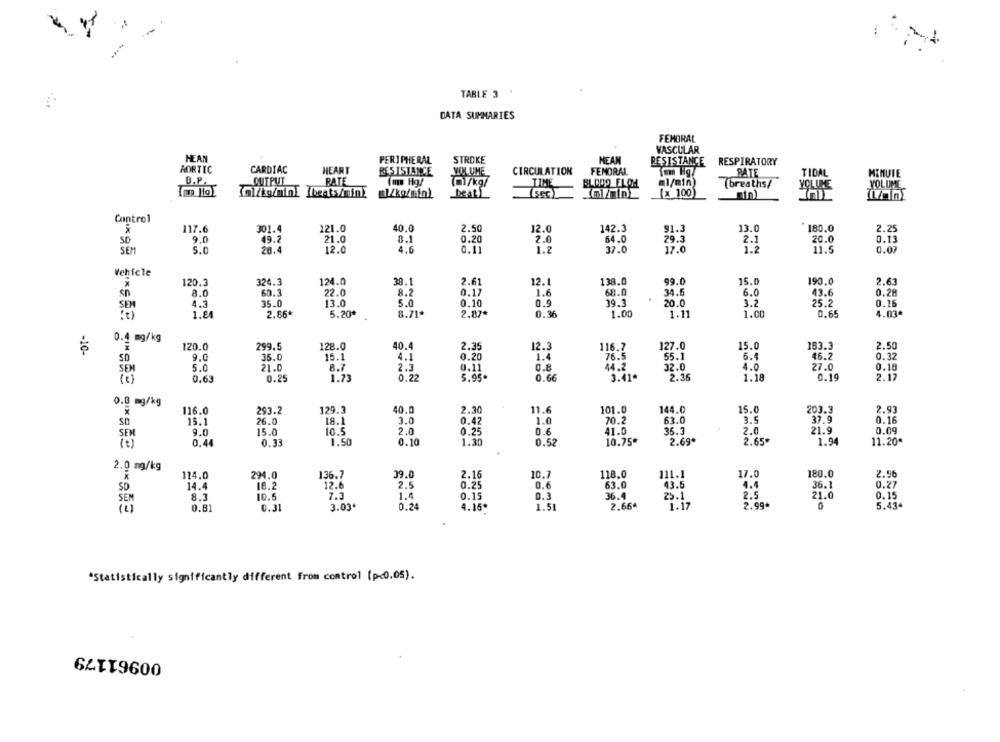
TABLE 3
DATA SUMMARIES
FEMORAL
VASCULAR
MEAN
PERIPHERAL
STROKE
MEAN
RESISTANCE
RESPIRATORY
AORTIC
CARDIAC
HEART
RESISTANCE
VOLUME
CIRCULATION
FEMORAL
PATE
TIDAL
MINUTE
B.P.
OUTPUT
RATE
Imm Hg/
(ml/kg/
TIME
BLOOD ELOM
ml/min
(breaths
VOLUME
Il/kg/mint Ibeats/mim!
(sec)
[x 100)
YOLUKE
El/kg/min)
Deatl
Control
117.6
301.4
221.0
40.0
2.50
12.0
142.3
91.3
13.0
180.0
2.25
49.2
21.0
8.1
0.20
2.0
64.0
29.3
2.1
20.0
0.13
SD
9.0
SEM
5.0
28.4
12.0
4.6
0.11
1.2
37.0
17.0
1.2
11.5
0.07
Vehicle
120.3
324.3
124.0
38.1
2.61
12.1
138.0
99.0
15.0
190.0
2.63
sn
8.0
60.3
22.0
8.2
0.17
1.6
68.0
34.6
6.0
43.6
0.28
4.3
35.0
13.0
5.0
0.10
0.9
39.3
20.0
3.2
25.2
0.16
1.84
2.86
5.20*
8.71*
2.87*
0.36
1.00
1.11
1.00
0.65
4.03ª
0.4 mg/kg
-10-
120.0
299.5
128.0
40.4
2.35
12.3
116.7
127.0
15.0
183.3
2.50
9.0
36.0
15.1
4.1
0.20
1.4
76.5
55.1
6.4
46.2
0.32
SD
SEM
5.0
21.0
8.7
2.3
0.11
0.8
44.2
32.0
4.0
27.0
0.18
0.25
1.73
0.22
5.95
0.66
3.41ª
2.36
1.18
0.19
2.17
(c)
0.63
0.0 mg/kg
129.3
40.0
2.30
101.0
144.0
15.0
203.3
2.93
116.0
293.2
11.6
SD
15.1
26.0
18.1
3.0
0.42
1.0
70.2
63.0
3.5
37.9
0.16
10.5
2.0
0.25
0.6
41.0
36.3
2.0
21.9
0.09
SEM
9.0
15.0
0.44
0.33
1.50
0.10
1.30
0.52
10.75*
2.69ª
2.65*
1.94
11.20*
2.0 mg/kg
X
114.0
294.0
136.7
39.0
2.16
10.7
118.0
111.1
17.0
180.0
2.96
SO
14.4
16.2
12.6
2.5
0.25
63.0
43.5
4.4
36.1
0.27
8.3
10.5
7.3
1.4
0.15
0.1
36.4
25.1
2.5
21.0
0.15
SEM
2.664
2.99*
0
(1)
0.8
0.31
3.03
0.24
4.16*
1.51
1.17
5.434
*Statistically significantly different from control (p<0.05).